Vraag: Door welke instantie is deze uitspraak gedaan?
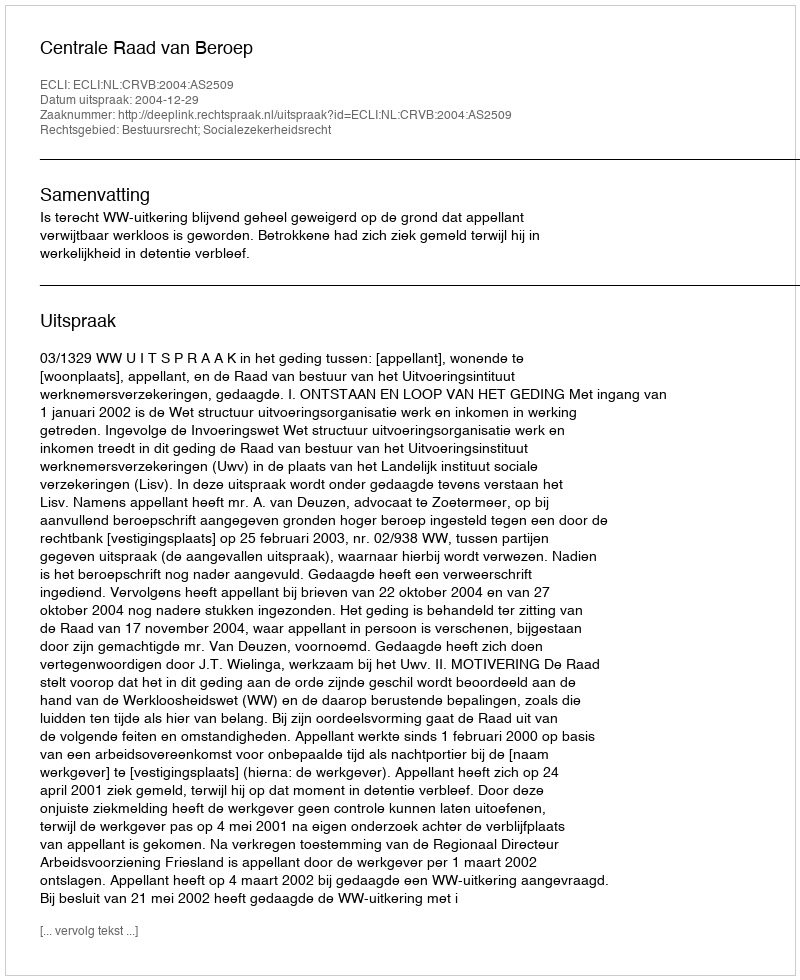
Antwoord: Centrale Raad van Beroep